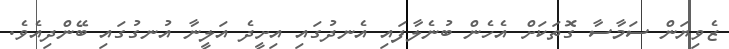
ޒެވިޔަން ސަމާސާ ގޮތަކަށް އެހެން ބުނެލާފައި އެނދުގައި އިށީދެ އަލީނާ އުނގުގައި ބޭންދިއެވެ.